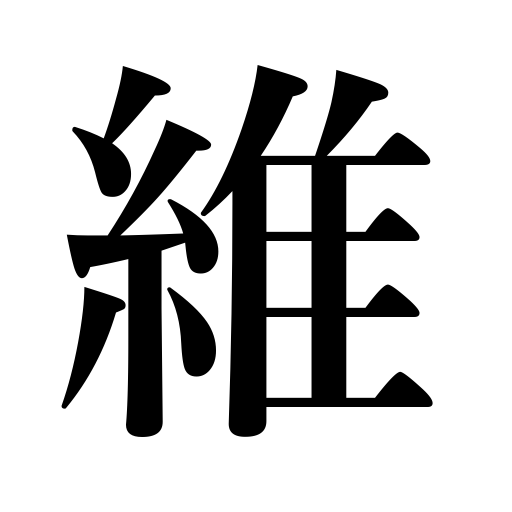
Meanings: tie,rope